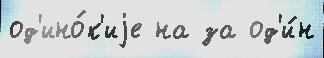
од'ино́к'иjе на за од'и́н